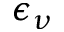
\epsilon _ { \nu }